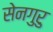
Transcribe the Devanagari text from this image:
सेनगुरु